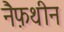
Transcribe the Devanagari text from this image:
नैफ़थीन